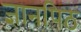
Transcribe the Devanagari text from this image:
ज्ञानपिठ